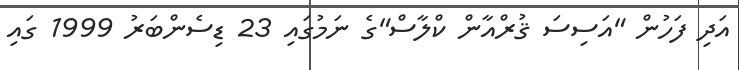
އަދި ފަހުން "އަސިސަ ޤުރްއާން ކްލާސް"ގެ ނަމުގައި 23 ޑިސެންބަރު 1999 ގައި